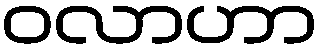
ဝလာဟာ